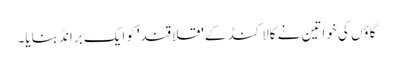
گاؤں کی خواتین نے کالاکنڈ کے 'قلاقند' کو ایک برانڈ بنایا۔